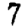
Digit: 7